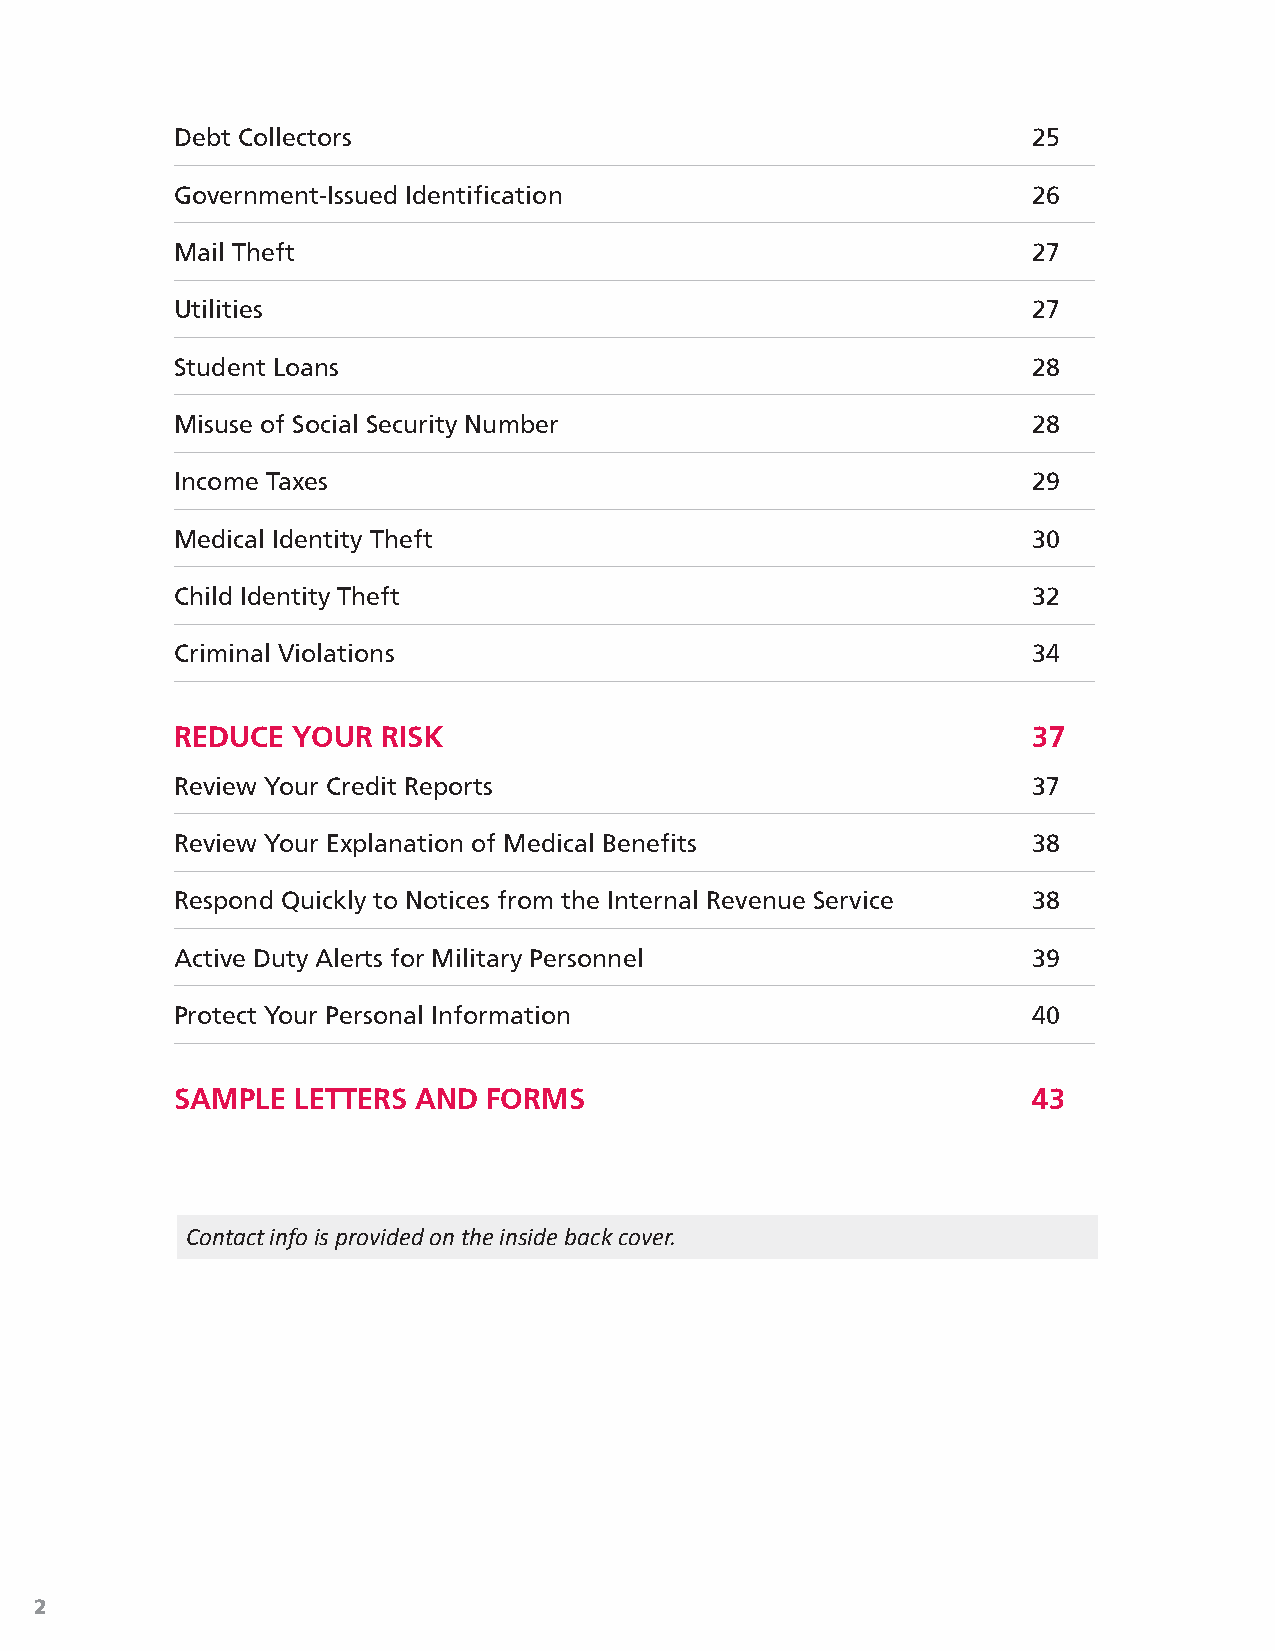
Debt Collectors                                         25
 Government-Issued Identification                        26
 Mail Theft                                              27
 Utilities                                               27
 Student Loans                                           28
 Misuse of Social Security Number                        28
 Income Taxes                                            29
 Medical Identity Theft                                  30
 Child Identity Theft                                    32
 Criminal Violations                                     34
 REDUCE YOUR  RISK                                       37
 Review Your Credit Reports                              37
 Review Your Explanation of Medical Benefits             38
 Respond Quickly to Notices from the Internal Revenue Service 38
 Active Duty Alerts for Military Personnel               39
 Protect Your Personal Information                       40
 SAMPLE LETTERS  AND FORMS                               43
 Contact info is provided on the inside back cover.
 2